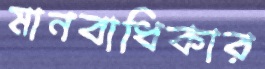
মানবাধিকার